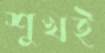
শুখই